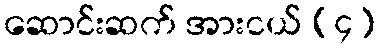
ဆောင်းဆက် အားငယ် (၄)